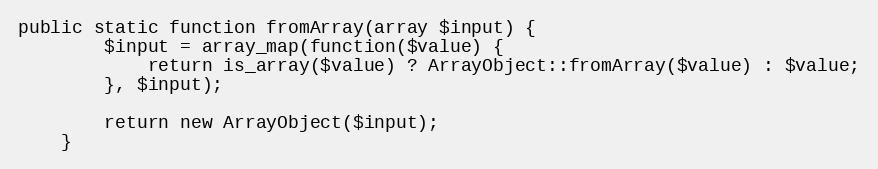
Language: PHP
public static function fromArray(array $input) {
        $input = array_map(function($value) {
            return is_array($value) ? ArrayObject::fromArray($value) : $value;
        }, $input);

        return new ArrayObject($input);
    }